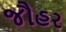
જૌહર